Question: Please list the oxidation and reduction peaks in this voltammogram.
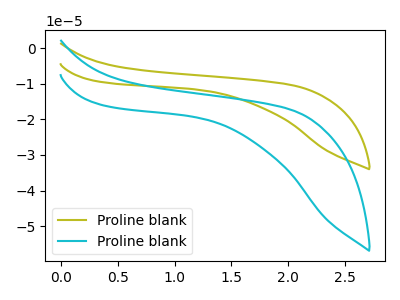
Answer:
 <answer>The olive curve "Proline blank1" has no peaks. The cyan curve "Proline blank2" has no peaks.</answer>
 <eval></eval>